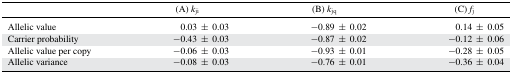
<table><thead><tr><td></td><td><b>(A) <i>k</i><sub>ji</sub></b></td><td><b>(B) <i>k</i><sub>jq</sub></b></td><td><b>(C) <i>f</i><sub>j</sub></b></td></tr></thead><tbody><tr><td>Allelic value</td><td>0.03 ± 0.03</td><td>−0.89 ± 0.02</td><td>0.14 ± 0.05</td></tr><tr><td>Carrier probability</td><td>−0.43 ± 0.03</td><td>−0.87 ± 0.02</td><td>−0.12 ± 0.06</td></tr><tr><td>Allelic value per copy</td><td>−0.06 ± 0.03</td><td>−0.93 ± 0.01</td><td>−0.28 ± 0.05</td></tr><tr><td>Allelic variance</td><td>−0.08 ± 0.03</td><td>−0.76 ± 0.01</td><td>−0.36 ± 0.04</td></tr></tbody></table>